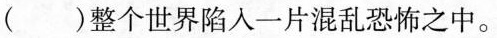
( )整个世界陷入一片混乱恐怖之中。